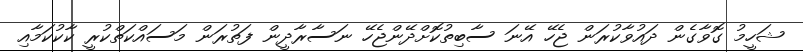
ޝަހީމު ގޮވާގެން ދައުވާކުރަން ޖެހޭ އޭނަ ސާބިތުކޮށްދޭންޖެހޭ ނަސާރާދީން ފަތުރަން މަސައްކަތްކުރީ ކާކުކަމާއި